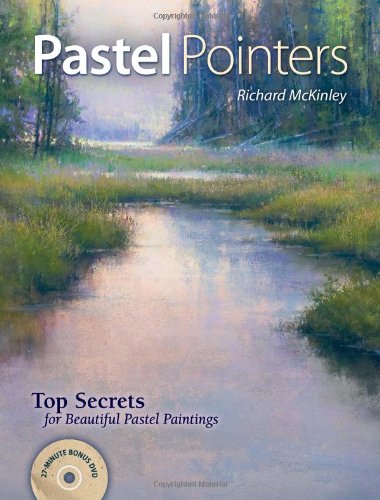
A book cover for Pastel Pointers: Top 100 Secrets for Beautiful Paintings; Richard McKinley; Arts & Photography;